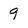
Character: 9